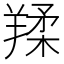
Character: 𦎤